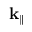
\mathbf { k } _ { \parallel }